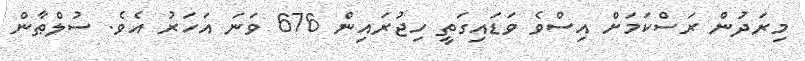
މިރަދުން ރަސްކަމަށް އިސްވެ ވަޑައިގަތީ ހިޖުރައިން 676 ވަނަ އަހަރު އެވެ. ސުލްޠާން